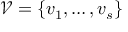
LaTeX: { \mathcal { V } } = \{ v _ { 1 } , \ldots , v _ { s } \}